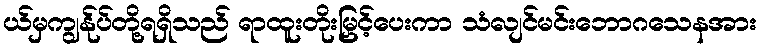
ယ်မှကျွန်ုပ်တို့ရရှိသည် ရာထူးတိုးမြှင့်ပေးကာ သံလျင်မင်းဘောဂသေနအား